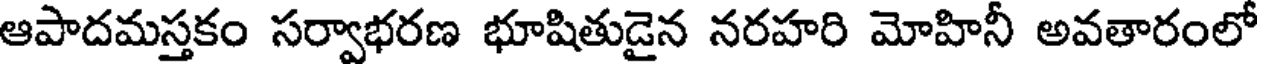
ఆపాదమస్తకం సర్వాభరణ భూషితుడైన నరహరి మోహినీ అవతారంలో